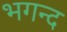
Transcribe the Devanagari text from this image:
भगन्द